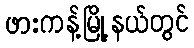
ဖားကန့်မြို့နယ်တွင်